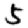
Digit: 5